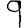
Digit: 9